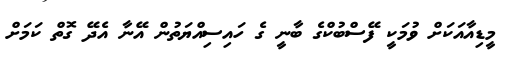
މީޑިއާއަކަށް ވުމަކީ ފޭސްބުކްގެ ބާނީ ގެ ހައިސިއްޔަތުން އޭނާ އެދޭ ގޮތް ކަމަށް